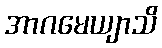
အာဂမေယျာသိ